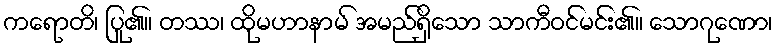
ကရောတိ၊ ပြု၏။ တဿ၊ ထိုမဟာနာမ် အမည်ရှိသော သာကီဝင်မင်း၏။ သောဂုဏော၊